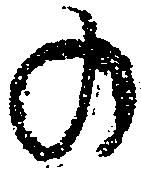
の